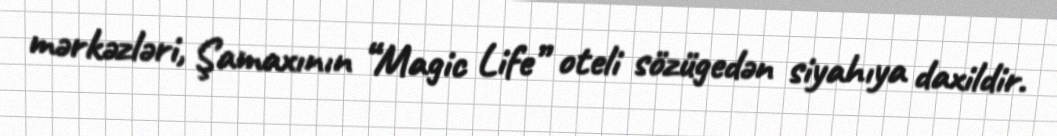
mərkəzləri, Şamaxının “Magic Life” oteli sözügedən siyahıya daxildir.